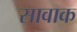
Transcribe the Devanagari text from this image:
सावाक